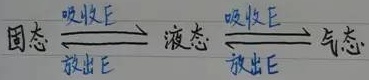
固态$\overset{\text{吸收}E}{\underset{\text{放出}E}{\rightleftharpoons}}$液态$\overset{\text{吸收}E}{\underset{\text{放出}E}{\rightleftharpoons}}$气态